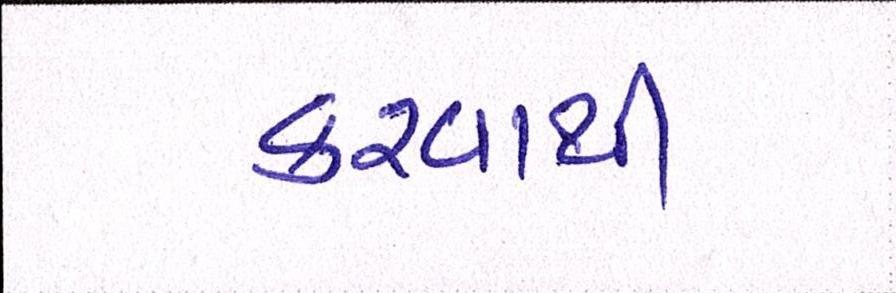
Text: કરવાથી